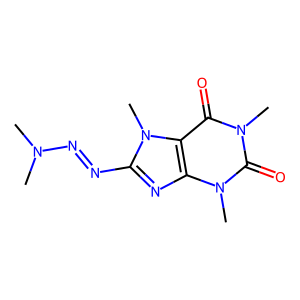
SMILES: CN(C)N=Nc1nc2c(c(=O)n(C)c(=O)n2C)n1C
Inhibits HIV replication: No